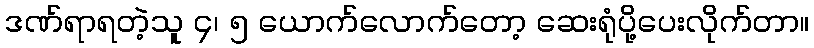
ဒဏ်ရာရတဲ့သူ ၄၊ ၅ ယောက်လောက်တော့ ဆေးရုံပို့ပေးလိုက်တာ။